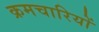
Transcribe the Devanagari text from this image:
क्रमचारियों